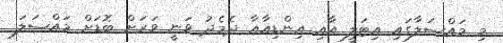
މި މައްސަލާގައި އިޓަލީ އާއި އިންޑިއާއާ ދެމެދު ވަނީ ވަރަށް ބޮޑަށް މައްސަލަ